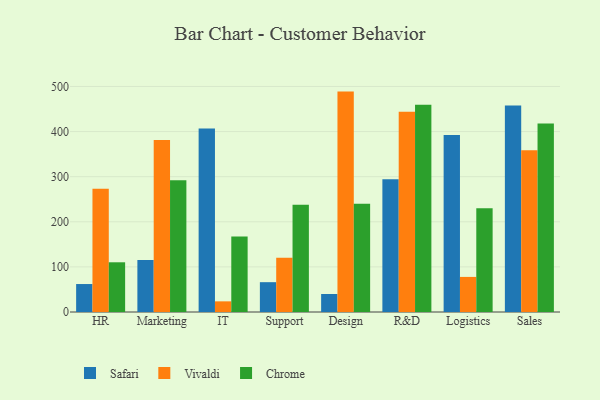
{"axis": {"x": "Department", "y": "Population (Million)"}, "legend": ["Chrome", "Safari", "Vivaldi"], "data": [{"x": "HR", "y": 62.0, "type": "Safari"}, {"x": "HR", "y": 273.3, "type": "Vivaldi"}, {"x": "HR", "y": 110.2, "type": "Chrome"}, {"x": "Marketing", "y": 115.1, "type": "Safari"}, {"x": "Marketing", "y": 381.4, "type": "Vivaldi"}, {"x": "Marketing", "y": 292.3, "type": "Chrome"}, {"x": "IT", "y": 406.8, "type": "Safari"}, {"x": "IT", "y": 23.6, "type": "Vivaldi"}, {"x": "IT", "y": 167.5, "type": "Chrome"}, {"x": "Support", "y": 66.1, "type": "Safari"}, {"x": "Support", "y": 120.4, "type": "Vivaldi"}, {"x": "Support", "y": 237.6, "type": "Chrome"}, {"x": "Design", "y": 39.9, "type": "Safari"}, {"x": "Design", "y": 488.6, "type": "Vivaldi"}, {"x": "Design", "y": 240.1, "type": "Chrome"}, {"x": "R&D", "y": 294.4, "type": "Safari"}, {"x": "R&D", "y": 443.7, "type": "Vivaldi"}, {"x": "R&D", "y": 459.5, "type": "Chrome"}, {"x": "Logistics", "y": 392.3, "type": "Safari"}, {"x": "Logistics", "y": 77.8, "type": "Vivaldi"}, {"x": "Logistics", "y": 230.0, "type": "Chrome"}, {"x": "Sales", "y": 458.0, "type": "Safari"}, {"x": "Sales", "y": 358.5, "type": "Vivaldi"}, {"x": "Sales", "y": 417.8, "type": "Chrome"}]}